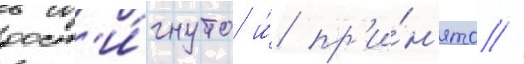
дост'и́гнуто и́ пр'и́н'ято //